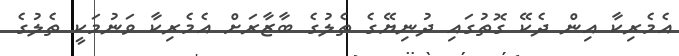
އެމެރިކާ އިން ދެކޭ ގޮތުގައި ދުނިޔޭގެ ތެލުގެ ބާޒާރަށް އެމެރިކާ ވަނުމަކީ ތެލުގެ